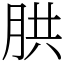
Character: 㬴